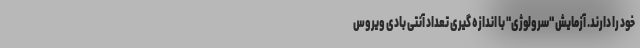
خود را دارند. آزمایش "سرولوژی" با اندازه گیری تعداد آنتی بادی ویروس